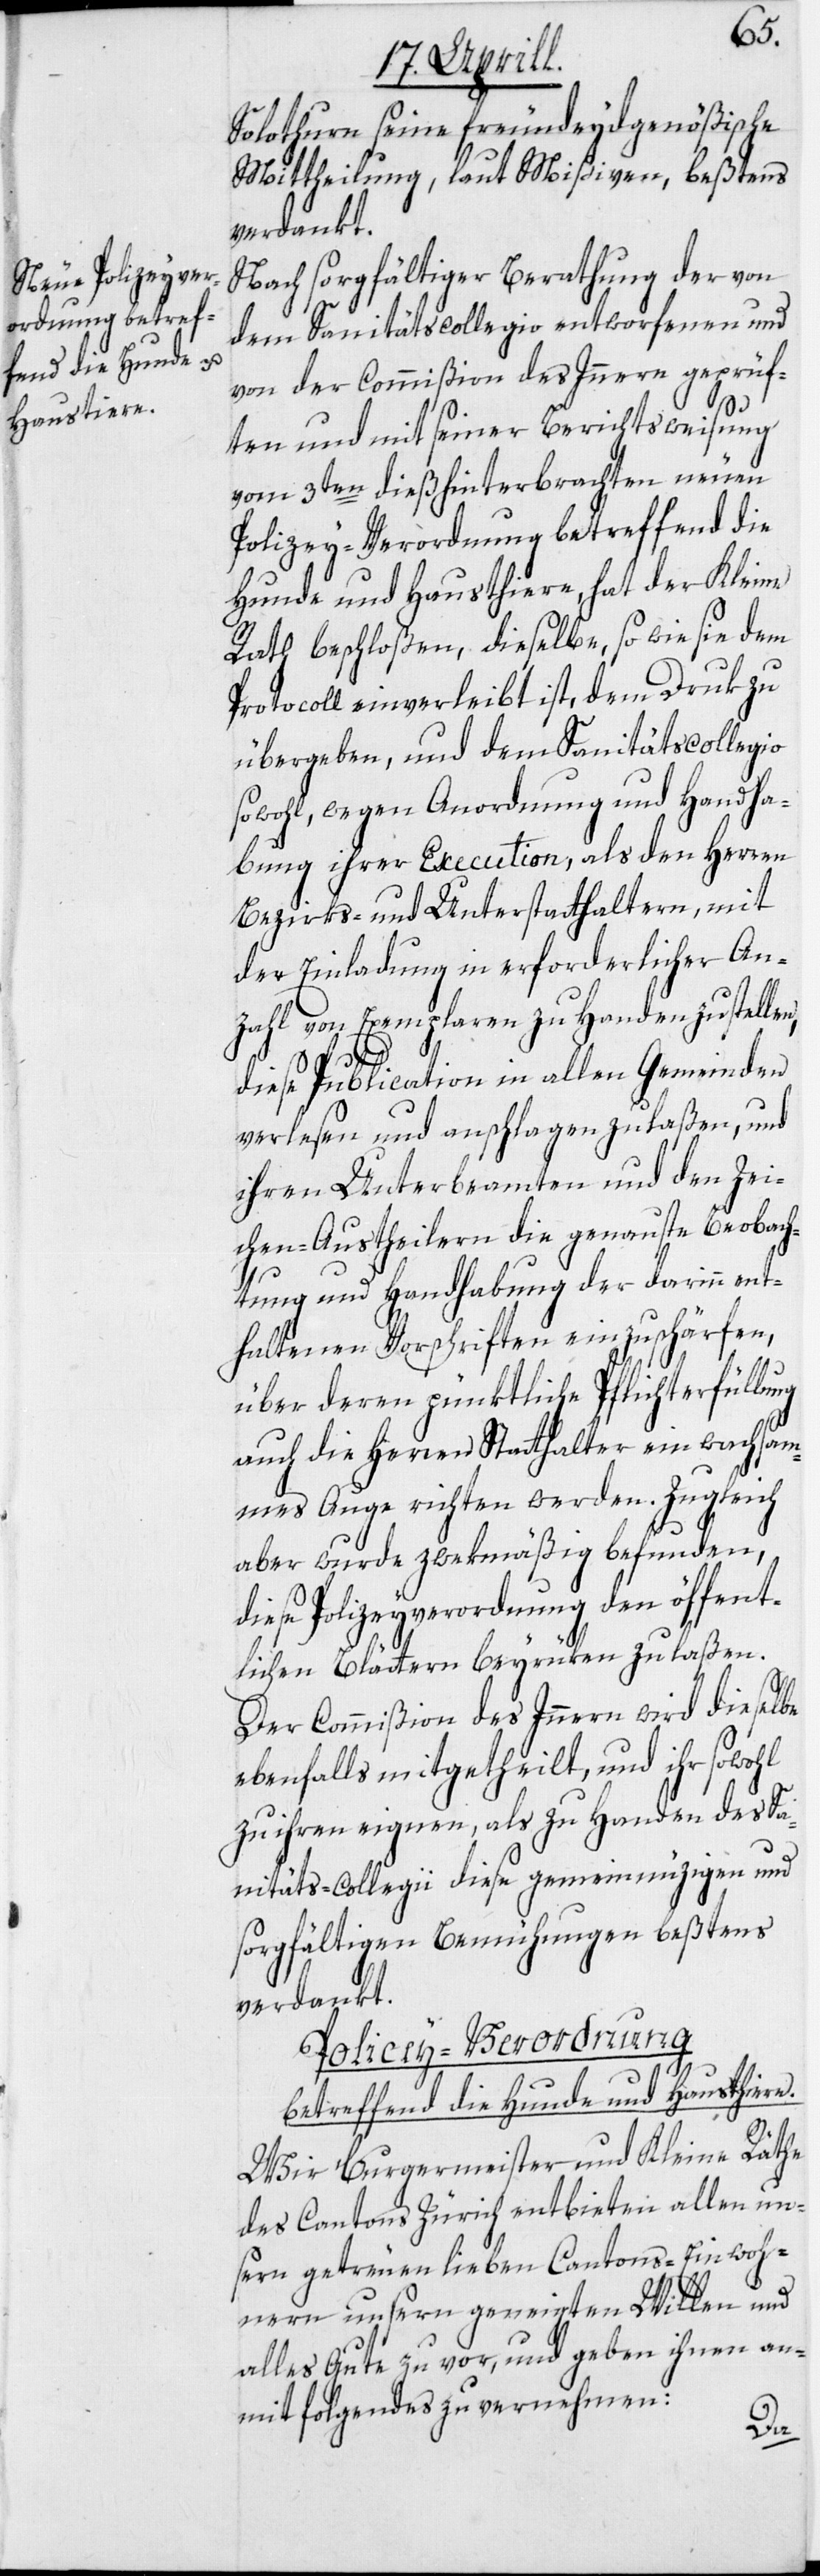
Solothurn seine freundeydgenößische
Mittheilung, laut Mißiven, beßtens
verdankt.
Nach sorgfältiger Berathung der von
dem Sanitätscollegio entworfenen und
von der Commißion des Innern geprüf¬
ten und mit seiner Berichtsweisung
vom 3ten dieß hinterbrachten neuen
Polizey-Verordnung betreffend die
Hunde und Hausthiere, hat der Kleine
Rath beschloßen, dieselbe, so wie sie dem
Protocoll einverleibt ist, dem Druk zu
übergeben, und dem Sanitätscollegio
sowohl, wegen Anordnung und Handha¬
bung ihrer Execution, als den Herren
Bezirks- und Unterstatthaltern, mit
der Einladung in erforderlicher An¬
zahl von Exemplaren zu Handen zu stellen,
diese Publication in allen Gemeinden
verlesen und anschlagen zu laßen, und
ihren Unterbeamten und den Zei¬
chen-Austheilern die genauste Beobach¬
tung und Handhabung der darinn ent¬
haltenen Vorschriften einzuschärfen,
über deren pünktliche Pflichterfüllung
auch die Herren Statthalter ein wachsam¬
mes Auge richten werden. Zugleich
aber wurde zwekmäßig befunden,
diese Polizeyverordnung den öffent¬
lichen Blättern beyrüken zu laßen.
Der Commißion des Innern wird dieselbe
ebenfalls mitgetheilt, und ihr sowohl
zu ihren eignen, als zu Handen des Sa¬
nitäts-Collegii diese gemeinnüzigen und
sorgfältigen Bemühungen beßtens
verdankt.
Polizey-Verordnung
betreffend die Hunde und Hausthiere.
Wir Burgermeister und Kleine Räthe
des Cantons Zürich entbieten allen un¬
sern getreuen lieben Cantons-Einwoh¬
nern unsern geneigten Willen und
alles Gute zu vor, und geben ihnen an¬
mit folgendes zu vernehmen: